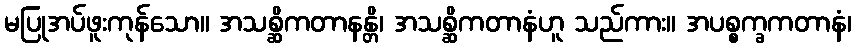
မပြုအပ်ဖူးကုန်သော။ အသစ္ဆိကတာနန္တိ၊ အသစ္ဆိကတာနံဟူ သည်ကား။ အပစ္စက္ခကတာနံ၊